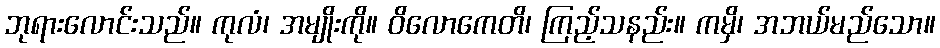
ဘုရားလောင်းသည်။ ကုလံ၊ အမျိုးကို။ ဝိလောကေတိ၊ ကြည့်သနည်း။ ကမှိ၊ အဘယ်မည်သော။